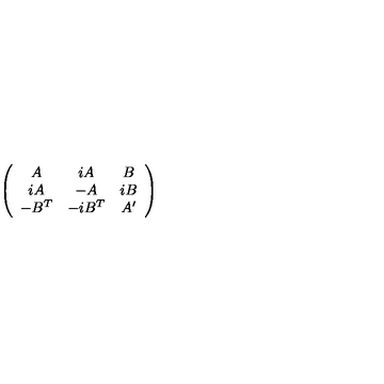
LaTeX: \left( \begin{array} { c c c } { A } & { i A } & { B } \\ { i A } & { - A } & { i B } \\ { - B ^ { T } } & { - i B ^ { T } } & { A ^ { \prime } } \\ \end{array} \right)